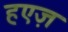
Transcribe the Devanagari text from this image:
हएज़